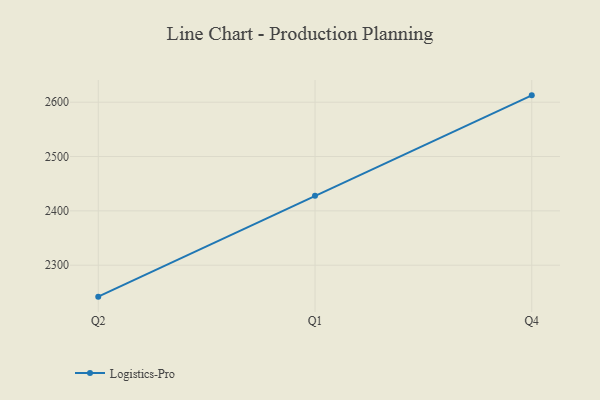
{"axis": {"x": "Quarter", "y": "Conversion Rate (%)"}, "legend": ["Logistics-Pro"], "data": [{"x": "Q2", "y": 2242.1, "type": "Logistics-Pro"}, {"x": "Q1", "y": 2427.8, "type": "Logistics-Pro"}, {"x": "Q4", "y": 2612.6, "type": "Logistics-Pro"}]}